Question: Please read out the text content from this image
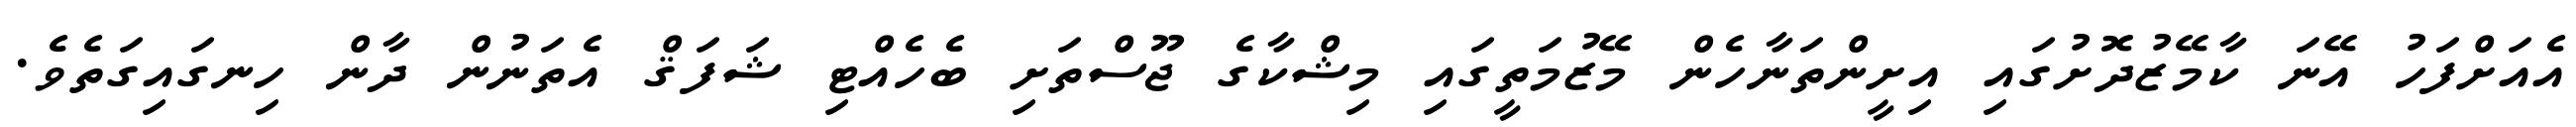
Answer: އެއަށްފަހު އޭނަ ކާމޭޒުދޮށުގައި އިށީންތަނާހެން މޭޒުމަތީގައި މިޝްކާގެ ޖޫސްތަށި ބެހެއްޓި ޝަފަޤް އެތަނުން ދާން ހިނގައިގަތެވެ.